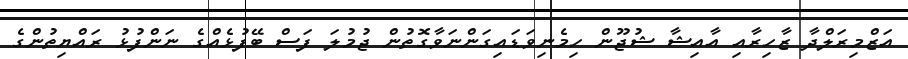
އަޒްމިރަލްދާ ޒާހިރާއި އާއިޝާ ޝުޖޫން ހިމެނިވަޑައިގަންނަވާގޮތުން ޖުމުލަ ފަސް ބޭފުޅެއްގެ ނަންފުޅު ރައްޔިތުންގެ